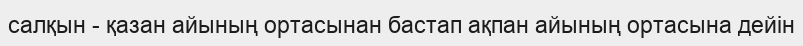
салқын - қазан айының ортасынан бастап ақпан айының ортасына дейін